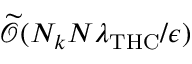
\widetilde { \mathcal { O } } ( N _ { k } N \lambda _ { \mathrm { T H C } } / \epsilon )